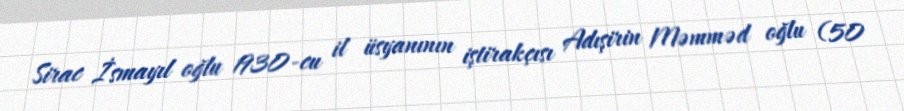
Sirac İsmayıl oğlu 1930-cu il üsyanının iştirakçısı Adışirin Məmməd oğlu (50